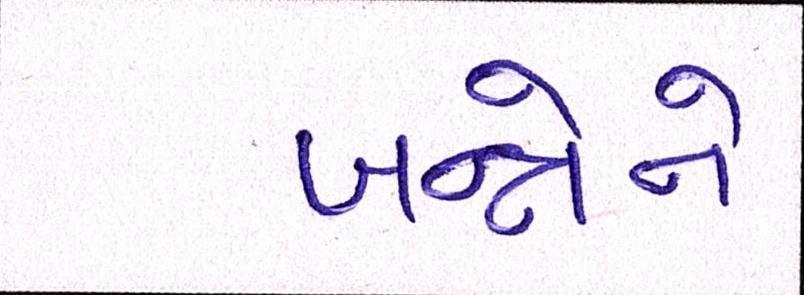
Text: બન્નેને